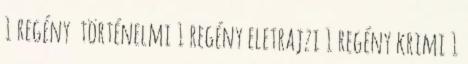
1 regény történelmi 1 regény eletrajzi 1 regény krimi 1